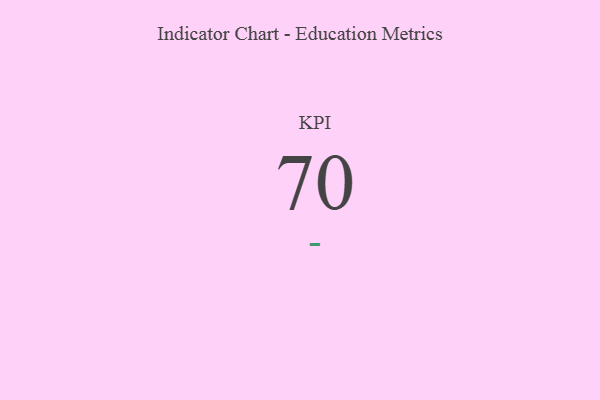
{"axis": {"x": "KPI", "y": "Value"}, "legend": [""], "data": [{"x": "KPI", "y": 70, "type": ""}]}